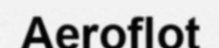
Aeroflot